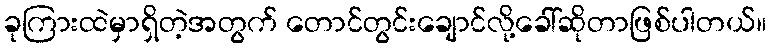
ခုကြားထဲမှာရှိတဲ့အတွက် တောင်တွင်းချောင်လို့ခေါ်ဆိုတာဖြစ်ပါတယ်။